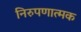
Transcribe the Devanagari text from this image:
निरुपणात्मक